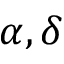
\alpha , \delta